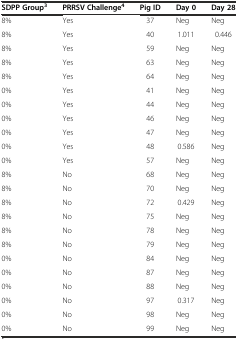
| SDPP Group3 | PRRSV Challenge4 | Pig ID | Day 0 | Day 28 |
 | --- | --- | --- | --- | --- |
 | 8% | Yes | 37 | Neg | Neg |
 | 8% | Yes | 40 | 1.011 | 0.446 |
 | 8% | Yes | 59 | Neg | Neg |
 | 8% | Yes | 63 | Neg | Neg |
 | 8% | Yes | 64 | Neg | Neg |
 | 0% | Yes | 41 | Neg | Neg |
 | 0% | Yes | 44 | Neg | Neg |
 | 0% | Yes | 46 | Neg | Neg |
 | 0% | Yes | 47 | Neg | Neg |
 | 0% | Yes | 48 | 0.586 | Neg |
 | 0% | Yes | 57 | Neg | Neg |
 | 8% | No | 68 | Neg | Neg |
 | 8% | No | 70 | Neg | Neg |
 | 8% | No | 72 | 0.429 | Neg |
 | 8% | No | 75 | Neg | Neg |
 | 8% | No | 78 | Neg | Neg |
 | 8% | No | 79 | Neg | Neg |
 | 0% | No | 84 | Neg | Neg |
 | 0% | No | 87 | Neg | Neg |
 | 0% | No | 88 | Neg | Neg |
 | 0% | No | 97 | 0.317 | Neg |
 | 0% | No | 98 | Neg | Neg |
 | 0% | No | 99 | Neg | Neg |